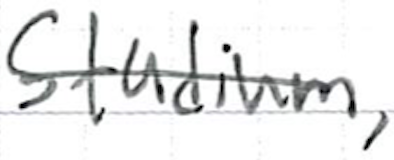
Text: Stadium,
Cross-out: single-line
Writing tool: ballpoint